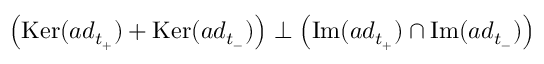
\left( \mathrm { K e r } ( a d _ { t _ { + } } ) + \mathrm { K e r } ( a d _ { t _ { - } } ) \right) \perp \left( \mathrm { I m } ( a d _ { t _ { + } } ) \cap \mathrm { I m } ( a d _ { t _ { - } } ) \right)